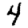
Digit: 4